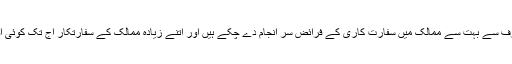
احمد: آپ پاکستان کی طرف سے بہت سے ممالک میں سفارت کاری کے فرائض سر انجام دے چکے ہیں اور اتنے زیادہ ممالک کے سفارتکار آج تک کوئی اور پاکستانی نہیں بن پایا۔